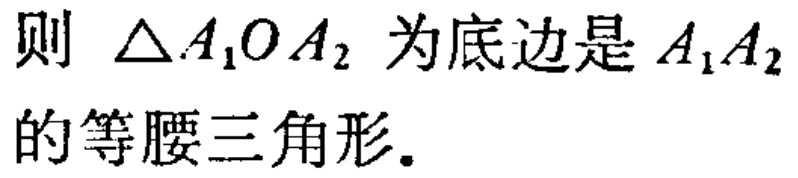
则 $\triangle A_{1}OA_{2}$ 为底边是 $A_{1}A_{2}$ 的等腰三角形.